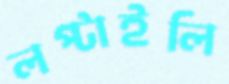
লপ্‌টাইলি